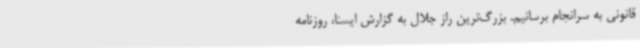
قانونی به سرانجام برسانیم. بزرگ‌ترین راز جلال به گزارش ایسنا، روزنامه